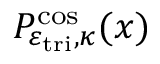
P _ { \varepsilon _ { \mathrm { t r i } } , \kappa } ^ { \cos } ( x )